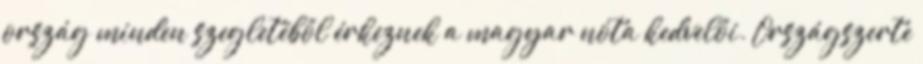
ország minden szegletéből érkeznek a magyar nóta kedvelői. Országszerte